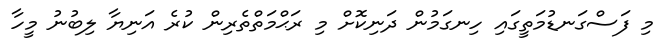
މި ފަސްގަނޑުމަތީގައި ހިނގަމުން ދަނިކޮށް މި ރަޙްމަތްތެރިން ކުރެ އަނިޔާ ލިބުނު މީހާ